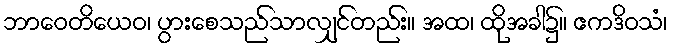
ဘာဝေတိယေဝ၊ ပွားစေသည်သာလျှင်တည်း။ အထ၊ ထိုအခါ၌။ ဧကဒိဝသံ၊